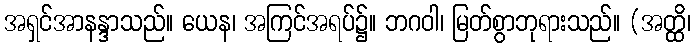
အရှင်အာနန္ဒာသည်။ ယေန၊ အကြင်အရပ်၌။ ဘဂဝါ၊ မြတ်စွာဘုရားသည်။ (အတ္ထိ၊